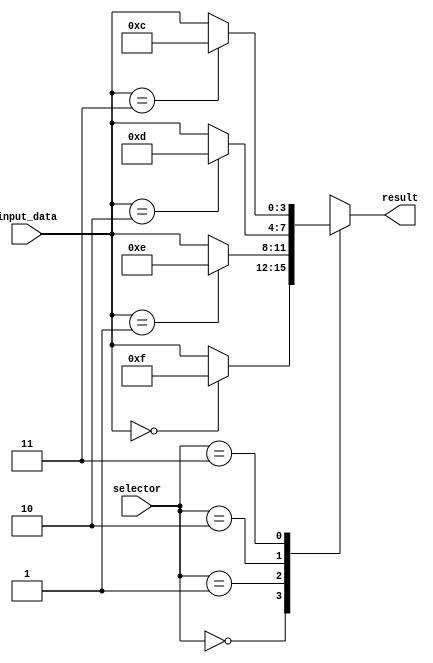
module case_statement_with_if_else (
    input [1:0] selector,
    input [3:0] input_data,
    output reg [3:0] result
);

always @ (*)
begin
    case (selector)
        2'b00: begin
            if (input_data == 4'b0000)
                result = 4'b1111;
            else
                result = input_data;
        end
        2'b01: begin
            if (input_data == 4'b0001)
                result = 4'b1110;
            else
                result = input_data;
        end
        2'b10: begin
            if (input_data == 4'b0010)
                result = 4'b1101;
            else
                result = input_data;
        end
        2'b11: begin
            if (input_data == 4'b0011)
                result = 4'b1100;
            else
                result = input_data;
        end
    endcase
end

endmodule